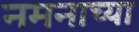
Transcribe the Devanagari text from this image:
नमनाच्या